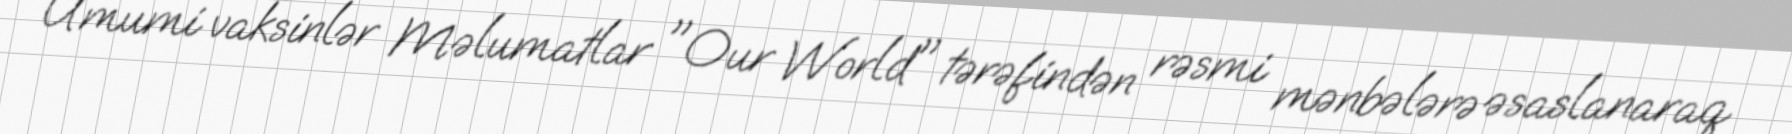
Ümumi vaksinlər Məlumatlar "Our World" tərəfindən rəsmi mənbələrə əsaslanaraq